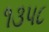
૧૩૫૮